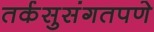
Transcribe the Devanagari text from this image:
तर्कसुसंगतपणे